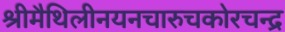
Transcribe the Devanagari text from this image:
श्रीमैथिलीनयनचारुचकोरचन्द्र